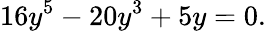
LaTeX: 16y^{5}-20y^{3}+5y=0.